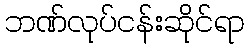
ဘဏ်လုပ်ငန်းဆိုင်ရာ